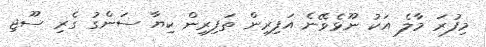
މިފުރަ މާލެ އަކު ނޫޅެވޭނެ އަފިރިން ތަފިރިން ކިޔާ ސަންގު ގެރި ސޫޖި